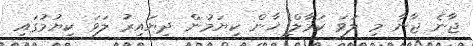
ޖާނެ ޖާނާ މި ލަވަ ކަމާލް ޚާން ކިޔަމުން ދިޔައިރު ލަވަ ކިޔުމުގައި